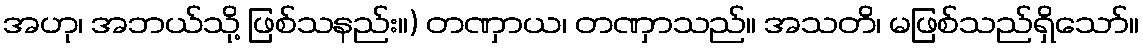
အဟု၊ အဘယ်သို့ ဖြစ်သနည်း။) တဏှာယ၊ တဏှာသည်။ အသတိ၊ မဖြစ်သည်ရှိသော်။